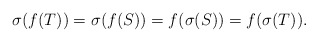
\begin{align*} \sigma(f(T))=\sigma(f(S))=f(\sigma(S))=f(\sigma(T)).\end{align*}